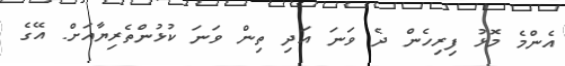
އެންމެ މޮޅު ފިރިހެން ދެ ވަނަ އަދި ތިން ވަނަ ކުޅުންތެރިޔާއަށް. އޭގެ